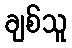
ချစ်သူ